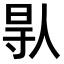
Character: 𠊛